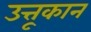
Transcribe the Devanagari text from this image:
उत्तूकान